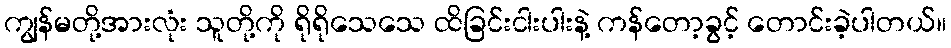
ကျွန်မတို့အားလုံး သူတို့ကို ရိုရိုသေသေ ထိခြင်းငါးပါးနဲ့ ကန်တော့ခွင့် တောင်းခဲ့ပါတယ်။